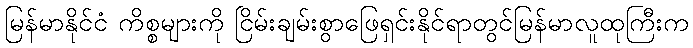
မြန်မာနိုင်ငံ ကိစ္စများကို ငြိမ်းချမ်းစွာဖြေရှင်းနိုင်ရာတွင်မြန်မာလူထုကြီးက